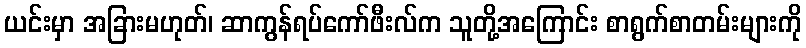
ယင်းမှာ အခြားမဟုတ်၊ ဆာကွန်ရပ်ကော်ဖီးလ်က သူတို့အကြောင်း စာရွက်စာတမ်းများကို